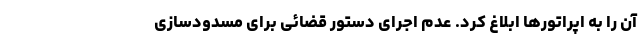
آن را به اپراتورها ابلاغ کرد. عدم اجرای دستور قضائی برای مسدودسازی